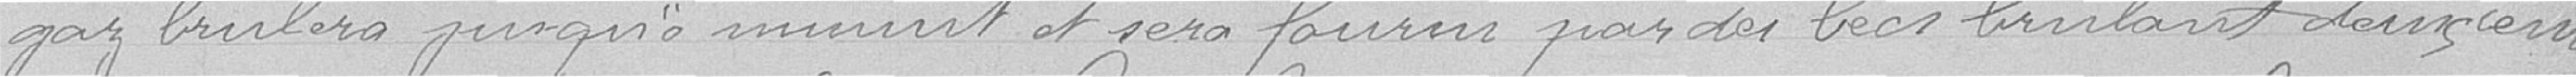
gaz brûlera jusqu'à minuit et sera fourni par des becs brûlant deux cents